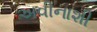
અવીનાશી